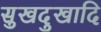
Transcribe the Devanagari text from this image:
सुखदुखादि